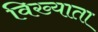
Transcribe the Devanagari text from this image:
विख्याता